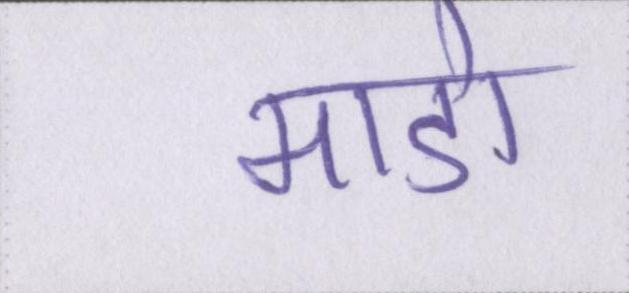
माडो